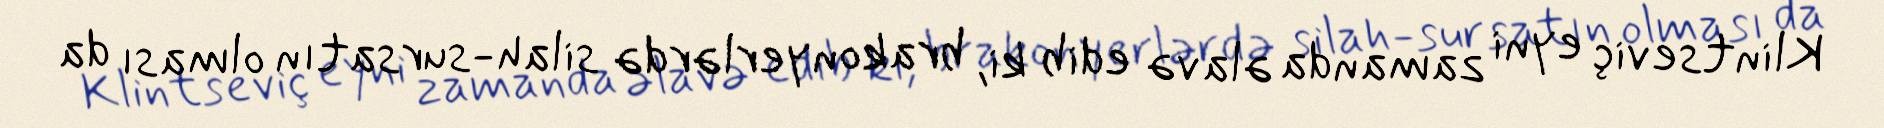
Klintseviç eyni zamanda əlavə edib ki, brakonyerlərdə silah-sursatın olması da